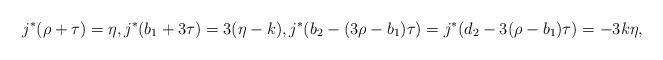
LaTeX: \begin{align*}j^{*}(\rho+\tau) = \eta, j^{*}(b_{1}+3\tau) = 3(\eta-k), j^{*}(b_{2}-(3\rho-b_{1})\tau) = j^{*}(d_{2}-3(\rho-b_{1})\tau)= -3k\eta, \end{align*}